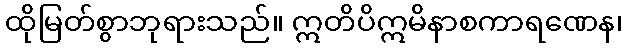
ထိုမြတ်စွာဘုရားသည်။ ဣတိပိဣမိနာစကာရဏေန၊